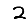
Digit: 2